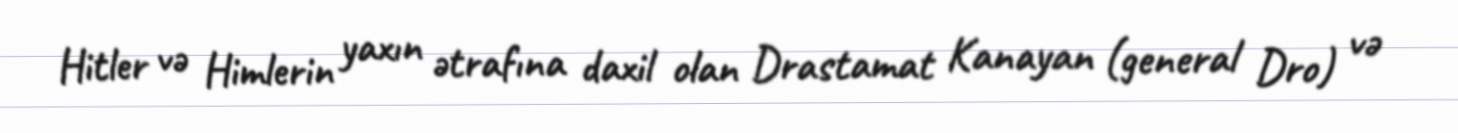
Hitler və Himlerin yaxın ətrafına daxil olan Drastamat Kanayan (general Dro) və